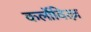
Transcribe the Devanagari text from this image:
कर्लोवित्ज़